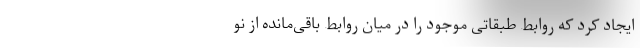
ایجاد کرد که روابط طبقاتی موجود را در میان روابط باقی‌مانده از نو